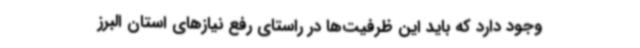
وجود دارد که باید این ظرفیت‌ها در راستای رفع نیازهای استان البرز